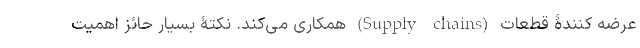
عرضه کنندۀ قطعات (Supply chains) همکاری می­کند. نکتۀ بسیار حائزِ اهمیت